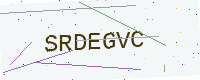
Text: SRDEGVC